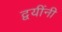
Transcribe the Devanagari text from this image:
द्वयींनी